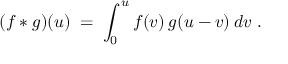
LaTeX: ( f * g ) ( u ) \; = \; \int _ { 0 } ^ { u } f ( v ) \: g ( u - v ) \: d v \; .